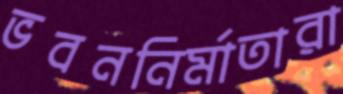
ভবননির্মাতারা